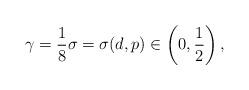
LaTeX: \begin{align*} \gamma = \frac{1}{8} \sigma = \sigma (d,p) \in \left( 0, \frac{1}{2} \right), \end{align*}